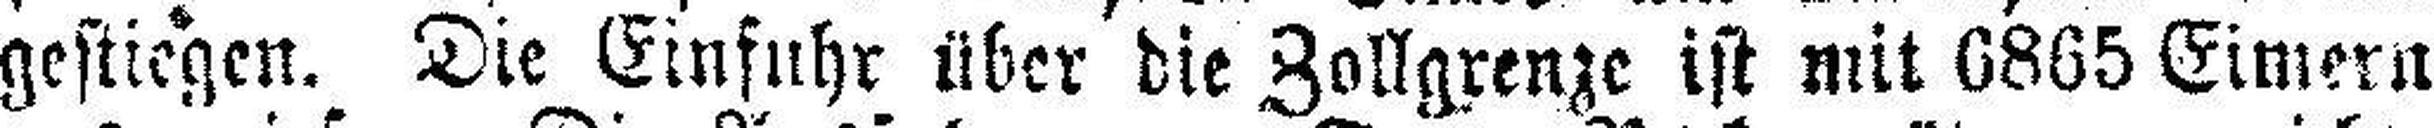
gestiegen. Die Einfuhr über die Zollgrenze ist mit 6865 Eimern